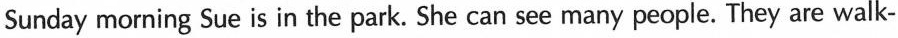
Sunday morning Sue is in the park. She can see many people. They are walk-